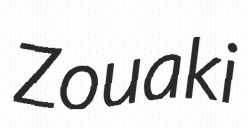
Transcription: Zouaki